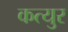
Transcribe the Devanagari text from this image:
कत्युर